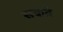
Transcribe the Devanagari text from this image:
सबाते